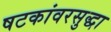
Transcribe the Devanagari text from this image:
षटकांवरसुद्धा